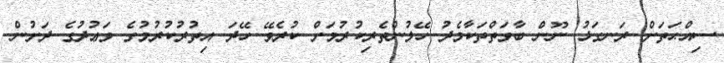
ސިއްޙަތަށް ރަނގަޅު ނޫން ބާވަތްތަކާމެދު ހޭލުންތެރިކުރުމަށް ކުރެވޭ ހޭދަ އިތުރުކުރުމުގެ ވަޢުދުގެ ދަށުން